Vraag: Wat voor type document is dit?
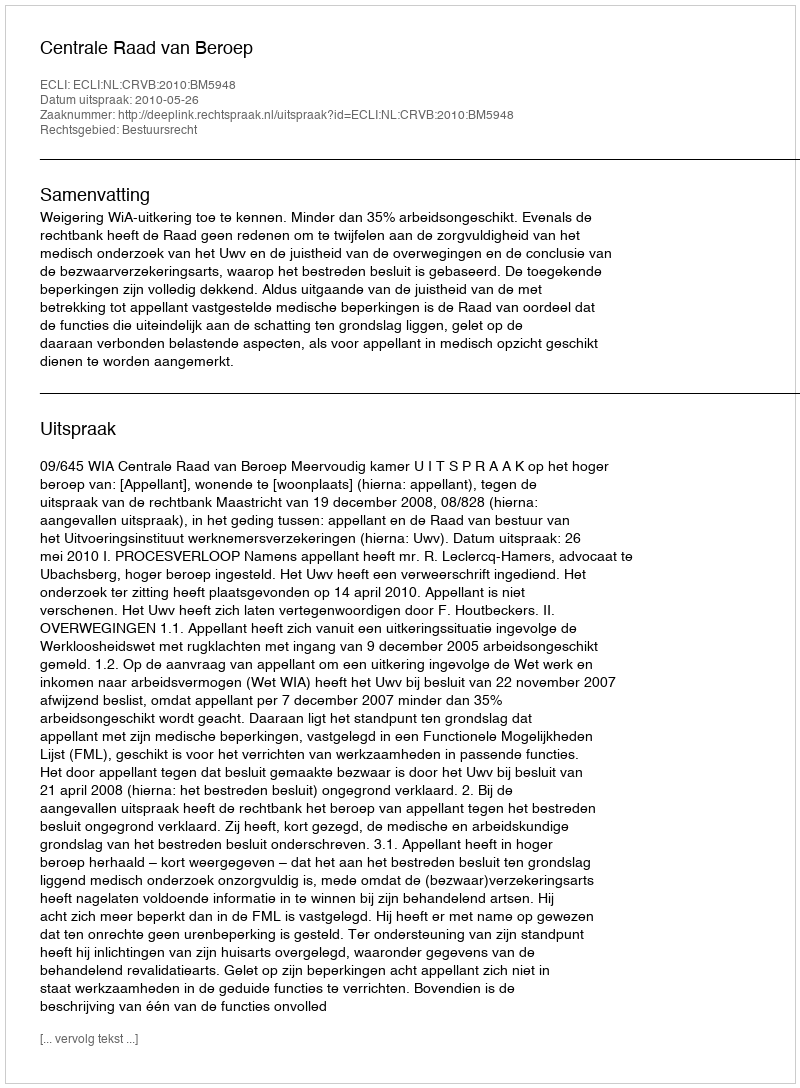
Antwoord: Uitspraak